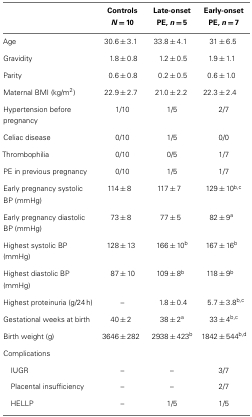
<table><thead><tr><td></td><td><b>Controls</b></td><td><b>Late-onset</b></td><td><b>Early-onset</b></td></tr><tr><td></td><td><b><i>N</i> = 10</b></td><td><b>PE, <i>n</i> = 5</b></td><td><b>PE, <i>n</i> = 7</b></td></tr></thead><tbody><tr><td>Age</td><td>30.6 ± 3.1</td><td>33.8 ± 4.1</td><td>31 ± 6.5</td></tr><tr><td>Gravidity</td><td>1.8 ± 0.8</td><td>1.2 ± 0.5</td><td>1.9 ± 1.1</td></tr><tr><td>Parity</td><td>0.6 ± 0.8</td><td>0.2 ± 0.5</td><td>0.6 ± 1.0</td></tr><tr><td>Maternal BMI (kg/m<sup>2</sup>)</td><td>22.9 ± 2.7</td><td>21.0 ± 2.2</td><td>22.3 ± 2.4</td></tr><tr><td>Hypertension before pregnancy</td><td>1/10</td><td>1/5</td><td>2/7</td></tr><tr><td>Celiac disease</td><td>0/10</td><td>1/5</td><td>0/0</td></tr><tr><td>Thrombophilia</td><td>0/10</td><td>0/5</td><td>1/7</td></tr><tr><td>PE in previous pregnancy</td><td>0/10</td><td>1/5</td><td>1/7</td></tr><tr><td>Early pregnancy systolic BP (mmHg)</td><td>114 ± 8</td><td>117 ± 7</td><td>129 ± 10<sup>b</sup><sup>,</sup><sup>c</sup></td></tr><tr><td>Early pregnancy diastolic BP (mmHg)</td><td>73 ± 8</td><td>77 ± 5</td><td>82 ± 9<sup>a</sup></td></tr><tr><td>Highest systolic BP (mmHg)</td><td>128 ± 13</td><td>166 ± 10<sup>b</sup></td><td>167 ± 16<sup>b</sup></td></tr><tr><td>Highest diastolic BP (mmHg)</td><td>87 ± 10</td><td>109 ± 8<sup>b</sup></td><td>118 ± 9<sup>b</sup></td></tr><tr><td>Highest proteinuria (g/24 h)</td><td>–</td><td>1.8 ± 0.4</td><td>5.7 ± 3.8<sup>b</sup><sup>,</sup><sup>c</sup></td></tr><tr><td>Gestational weeks at birth</td><td>40 ± 2</td><td>38 ± 2<sup>a</sup></td><td>33 ± 4<sup>b</sup><sup>,</sup><sup>c</sup></td></tr><tr><td>Birth weight (g)</td><td>3646 ± 282</td><td>2938 ± 423<sup>b</sup></td><td>1842 ± 544<sup>b</sup><sup>,</sup><sup>d</sup></td></tr><tr><td>Complications</td></tr><tr><td> IUGR</td><td>–</td><td>–</td><td>3/7</td></tr><tr><td> Placental insufficiency</td><td>–</td><td>–</td><td>2/7</td></tr><tr><td> HELLP</td><td>–</td><td>1/5</td><td>1/5</td></tr></tbody></table>